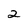
Character: 2